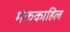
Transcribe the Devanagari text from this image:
मेककाहिल